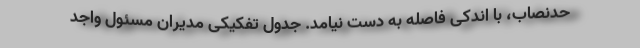
حدنصاب، با اندکی فاصله به دست نیامد. جدول تفکیکی مدیران مسئول واجد